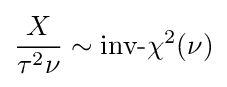
{\frac {X}{\tau ^{2}\nu }}\sim {\mbox{inv-}}\chi ^{2}(\nu )